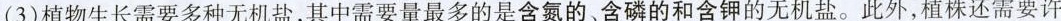
(3)植物生长需要多种无机盐，其中需要量最多的是含氮的、含磷的和含钾的无机盐。此外，植株还需要许